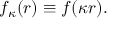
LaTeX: f _ { \kappa } ( r ) \equiv f ( \kappa r ) .